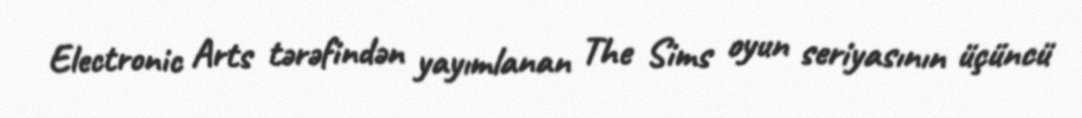
Electronic Arts tərəfindən yayımlanan The Sims oyun seriyasının üçüncü